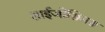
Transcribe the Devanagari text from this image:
शाईजोसिलस